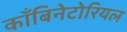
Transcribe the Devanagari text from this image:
काँबिनेटोरियल